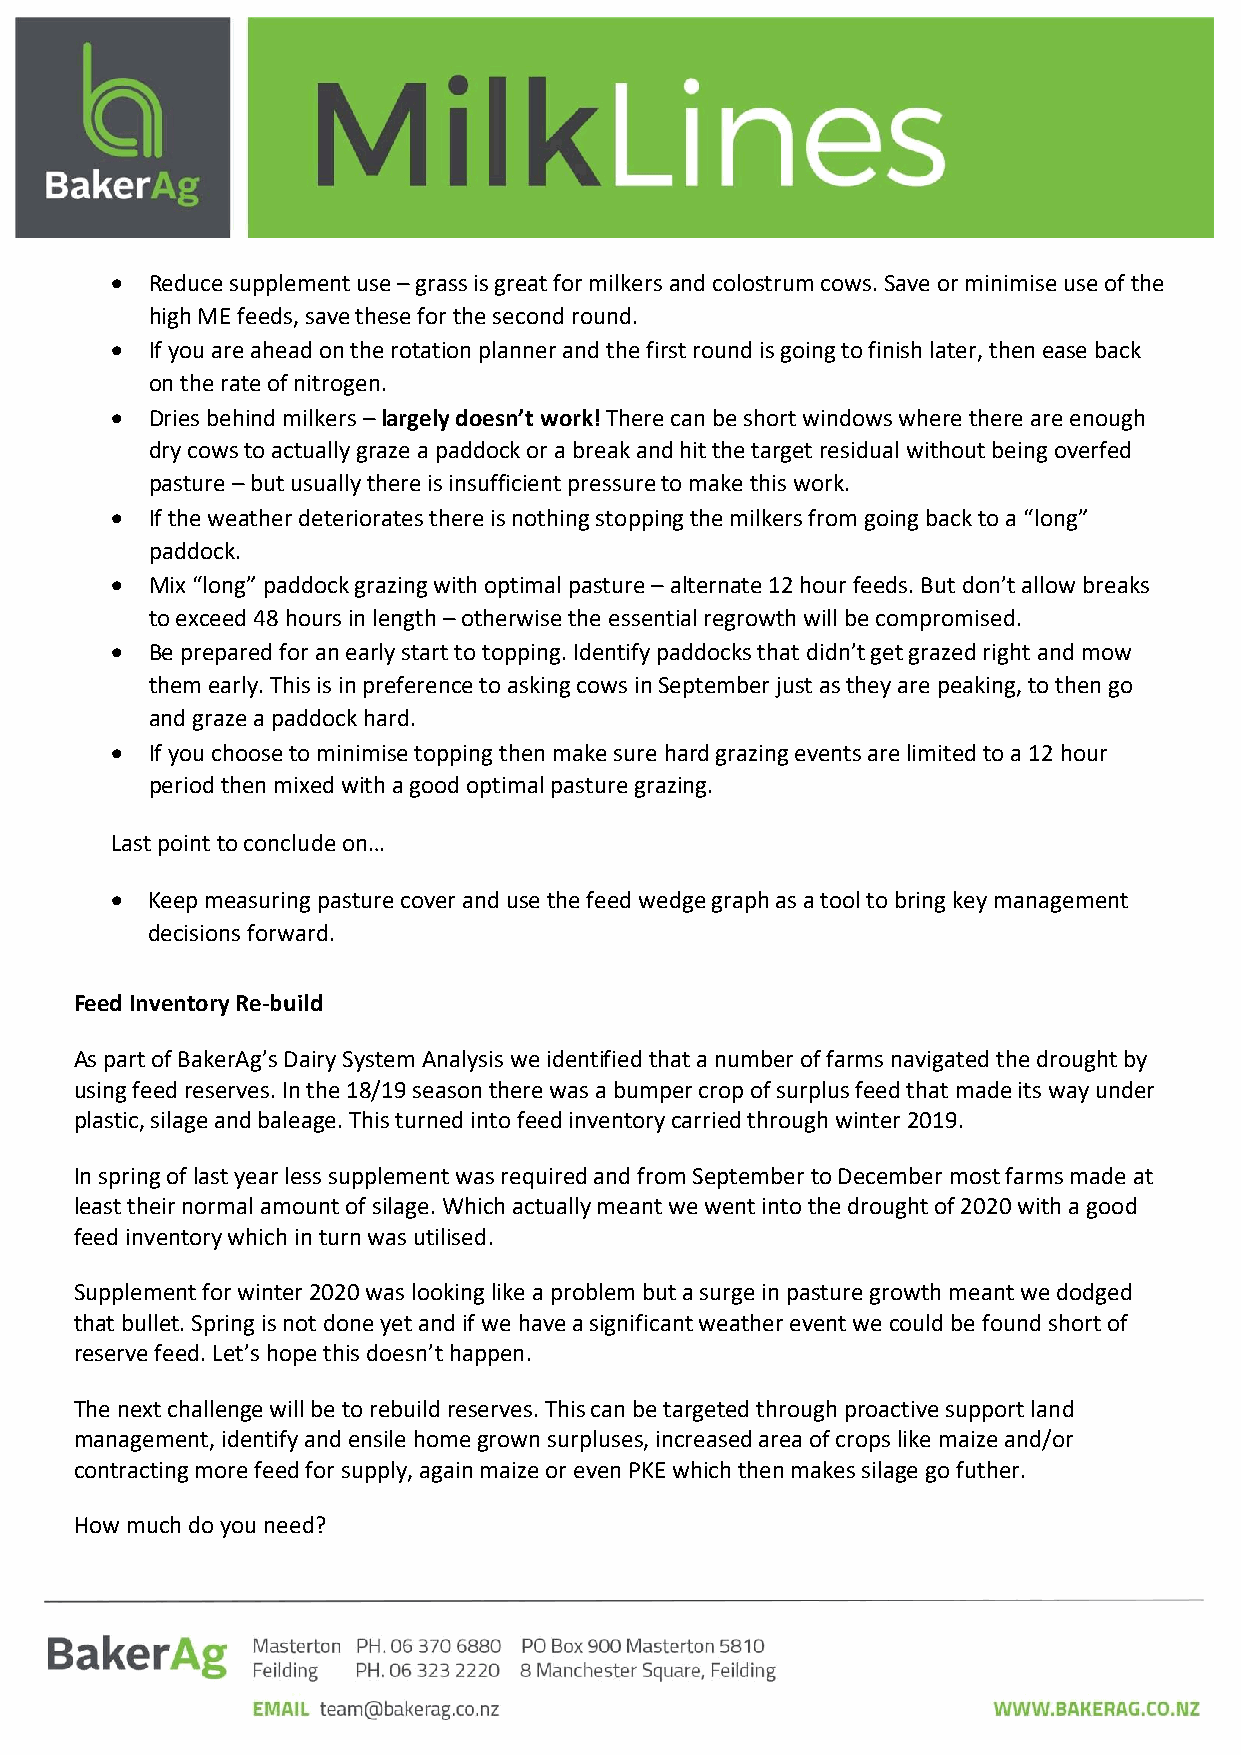
  Reduce supplement use – grass is great for milkers and colostrum cows. Save or minimise use of the
 high ME feeds, save these for the second round.
   If you are ahead on the rotation planner and the first round is going to finish later, then ease back
 on the rate of nitrogen.
   Dries behind milkers – largely doesn’t work! There can be short windows where there are enough
 dry cows to actually graze a paddock or a break and hit the target residual without being overfed
 pasture – but usually there is insufficient pressure to make this work.
   If the weather deteriorates there is nothing stopping the milkers from going back to a “long”
 paddock.
   Mix “long” paddock grazing with optimal pasture – alternate 12 hour feeds. But don’t allow breaks
 to exceed 48 hours in length – otherwise the essential regrowth will be compromised.
   Be prepared for an early start to topping. Identify paddocks that didn’t get grazed right and mow
 them early. This is in preference to asking cows in September just as they are peaking, to then go
 and graze a paddock hard.
   If you choose to minimise topping then make sure hard grazing events are limited to a 12 hour
 period then mixed with a good optimal pasture grazing.
 Last point to conclude on…
   Keep measuring pasture cover and use the feed wedge graph as a tool to bring key management
 decisions forward.
 Feed Inventory Re-build
 As part of BakerAg’s Dairy System Analysis we identified that a number of farms navigated the drought by
 using feed reserves. In the 18/19 season there was a bumper crop of surplus feed that made its way under
 plastic, silage and baleage. This turned into feed inventory carried through winter 2019.
 In spring of last year less supplement was required and from September to December most farms made at
 least their normal amount of silage. Which actually meant we went into the drought of 2020 with a good
 feed inventory which in turn was utilised.
 Supplement for winter 2020 was looking like a problem but a surge in pasture growth meant we dodged
 that bullet. Spring is not done yet and if we have a significant weather event we could be found short of
 reserve feed. Let’s hope this doesn’t happen.
 The next challenge will be to rebuild reserves. This can be targeted through proactive support land
 management, identify and ensile home grown surpluses, increased area of crops like maize and/or
 contracting more feed for supply, again maize or even PKE which then makes silage go futher.
 How much do you need?